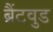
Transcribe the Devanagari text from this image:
ब्रैंटवुड